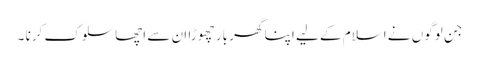
جن لوگوں نے اسلام کے لیے اپنا گھر بار چھوڑا ان سے اچھا سلوک کرنا ۔